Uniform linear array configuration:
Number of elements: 4
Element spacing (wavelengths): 0.25
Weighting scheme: hann
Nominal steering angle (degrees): -15
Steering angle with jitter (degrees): -14.808
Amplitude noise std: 0.05
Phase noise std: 0.05

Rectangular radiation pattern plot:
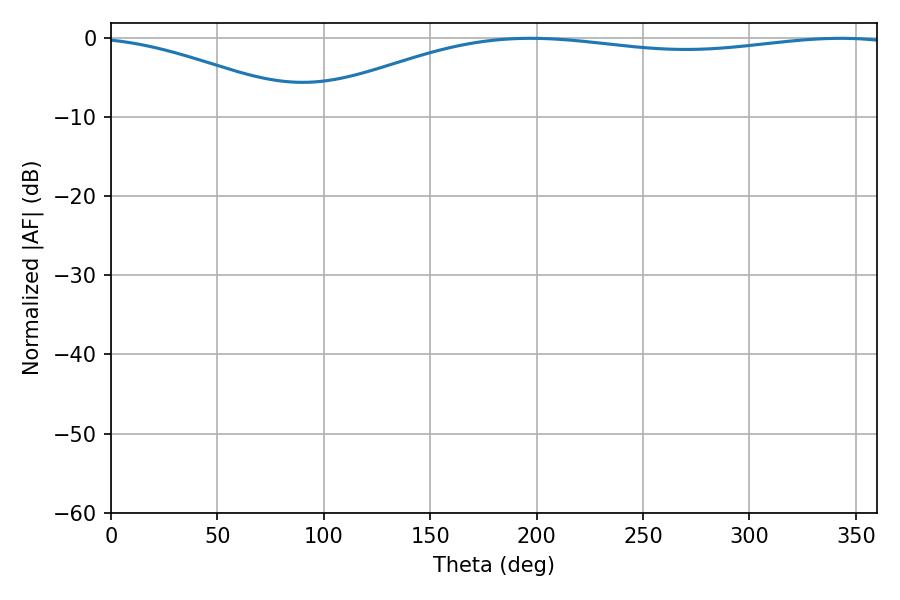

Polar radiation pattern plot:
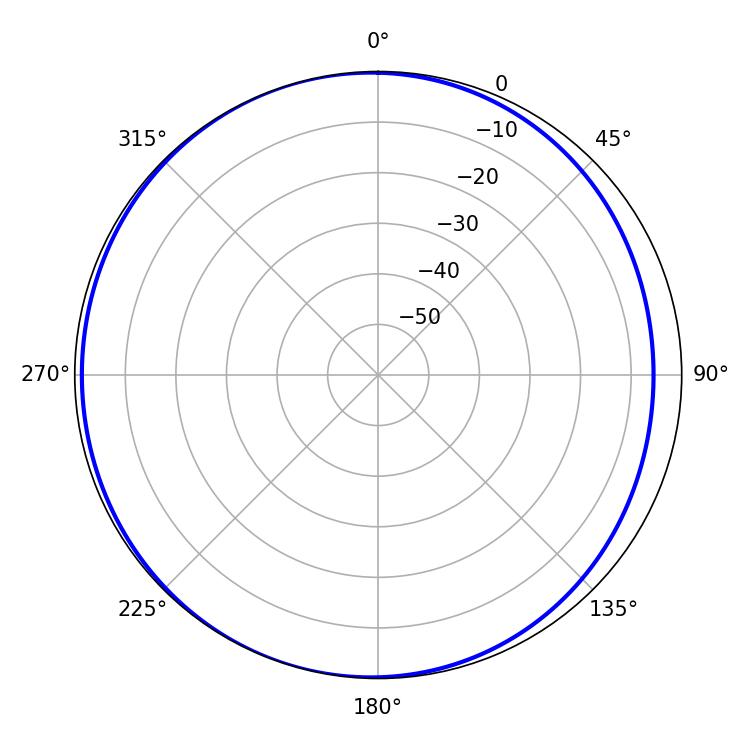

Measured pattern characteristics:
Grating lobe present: FALSE
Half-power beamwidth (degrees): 224.82
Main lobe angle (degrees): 197.1